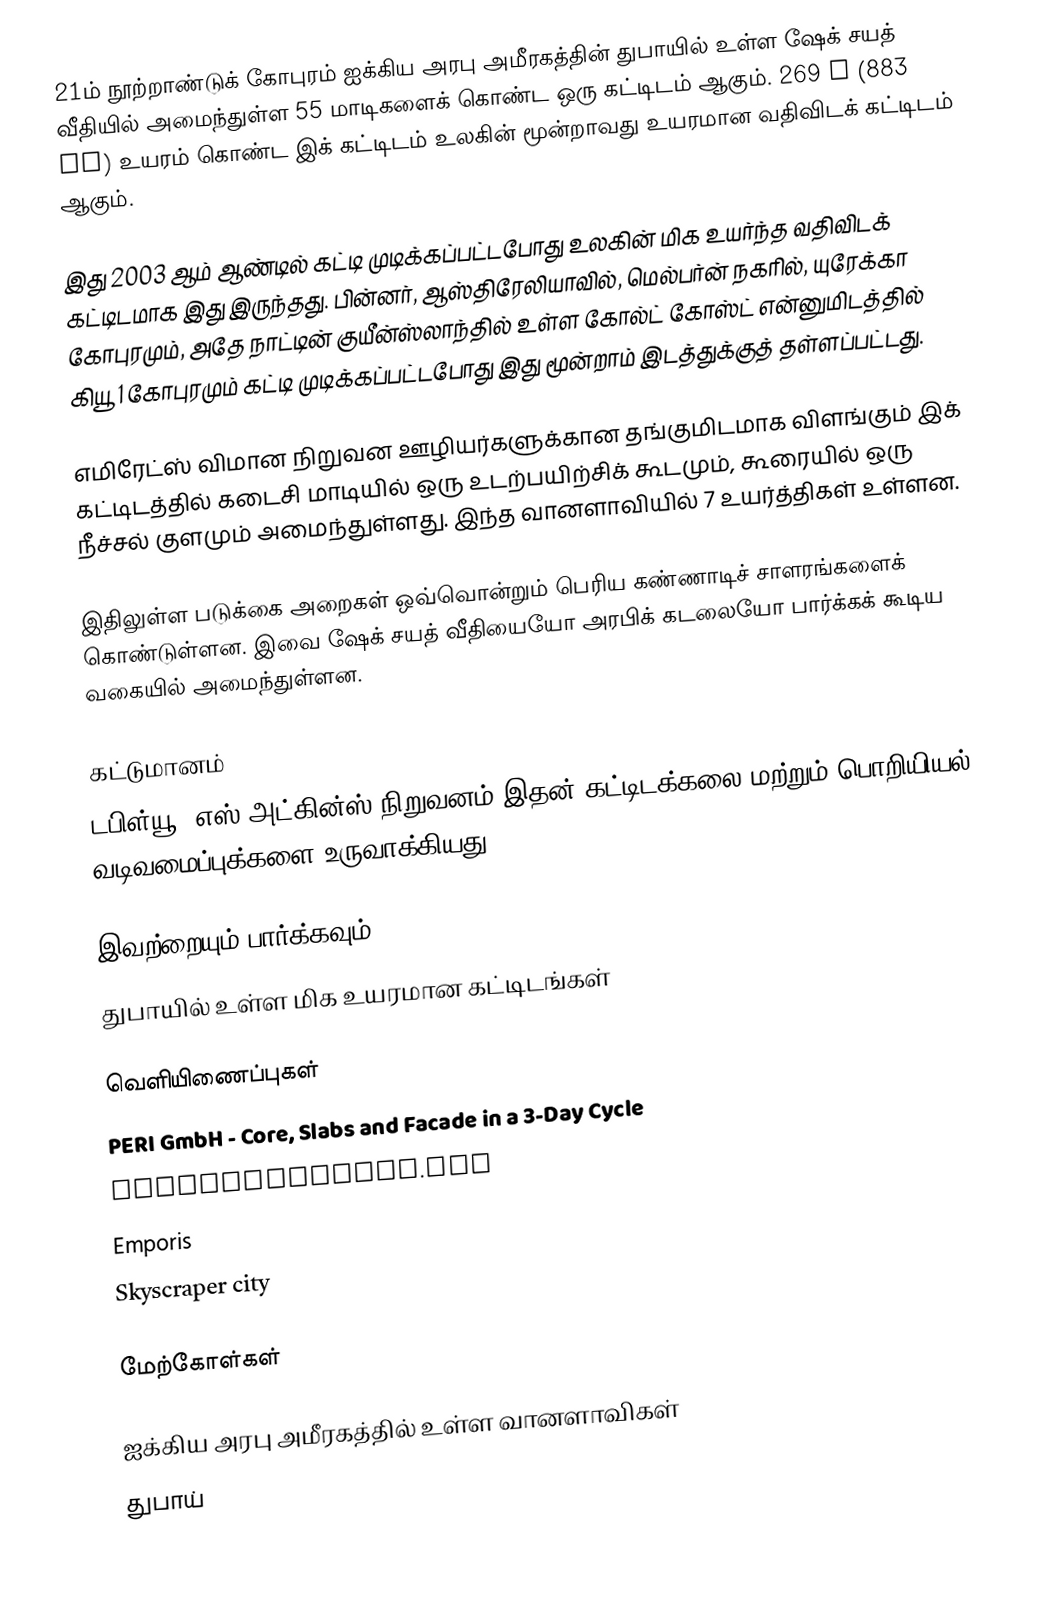
21ம் நூற்றாண்டுக் கோபுரம் ஐக்கிய அரபு அமீரகத்தின் துபாயில் உள்ள ஷேக் சயத் வீதியில் அமைந்துள்ள 55 மாடிகளைக் கொண்ட ஒரு கட்டிடம் ஆகும். 269 m (883 ft) உயரம் கொண்ட இக் கட்டிடம் உலகின் மூன்றாவது உயரமான வதிவிடக் கட்டிடம் ஆகும்.

இது 2003 ஆம் ஆண்டில் கட்டி முடிக்கப்பட்டபோது உலகின் மிக உயர்ந்த வதிவிடக் கட்டிடமாக இது இருந்தது. பின்னர், ஆஸ்திரேலியாவில், மெல்பர்ன் நகரில், யுரேக்கா கோபுரமும், அதே நாட்டின் குயீன்ஸ்லாந்தில் உள்ள கோல்ட் கோஸ்ட் என்னுமிடத்தில் கியூ 1 கோபுரமும் கட்டி முடிக்கப்பட்டபோது இது மூன்றாம் இடத்துக்குத் தள்ளப்பட்டது.

எமிரேட்ஸ் விமான நிறுவன ஊழியர்களுக்கான தங்குமிடமாக விளங்கும் இக் கட்டிடத்தில் கடைசி மாடியில் ஒரு உடற்பயிற்சிக் கூடமும், கூரையில் ஒரு நீச்சல் குளமும் அமைந்துள்ளது. இந்த வானளாவியில் 7 உயர்த்திகள் உள்ளன.

இதிலுள்ள படுக்கை அறைகள் ஒவ்வொன்றும் பெரிய கண்ணாடிச் சாளரங்களைக் கொண்டுள்ளன. இவை ஷேக் சயத் வீதியையோ அரபிக் கடலையோ பார்க்கக் கூடிய வகையில் அமைந்துள்ளன.

கட்டுமானம்
டபிள்யூ. எஸ்.அட்கின்ஸ் நிறுவனம் இதன் கட்டிடக்கலை மற்றும் பொறியியல் வடிவமைப்புக்களை உருவாக்கியது.

இவற்றையும் பார்க்கவும்
துபாயில் உள்ள மிக உயரமான கட்டிடங்கள்

வெளியிணைப்புகள்
PERI GmbH - Core, Slabs and Facade in a 3-Day Cycle
SkyscraperPage.com
Emporis
Skyscraper city

மேற்கோள்கள்

ஐக்கிய அரபு அமீரகத்தில் உள்ள வானளாவிகள்
துபாய்